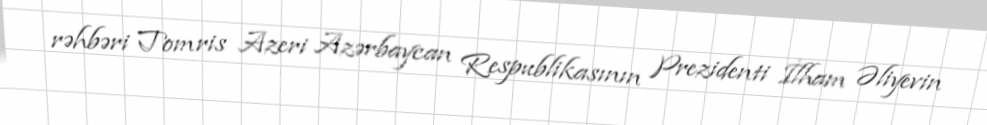
rəhbəri Tomris Azeri Azərbaycan Respublikasının Prezidenti İlham Əliyevin